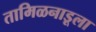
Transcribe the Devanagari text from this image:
तामिळनाडूला